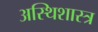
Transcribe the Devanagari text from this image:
अस्थिशास्त्र